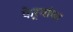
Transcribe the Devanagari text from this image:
फेर्‍यांचा